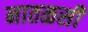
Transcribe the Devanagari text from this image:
नातळसी